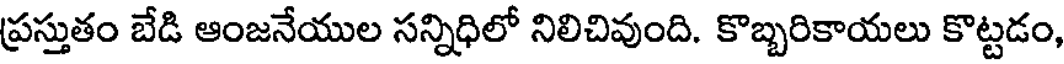
ప్రస్తుతం బేడి ఆంజనేయుల సన్నిధిలో నిలిచివుంది. కొబ్బరికాయలు కొట్టడం,